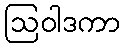
ဩဝါဒကာ